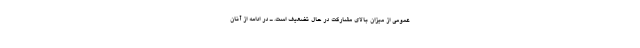
عمومی از میزان بالای مشارکت در حال تضعیف است. ـ در ادامه از آنان